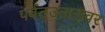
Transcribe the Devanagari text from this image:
पर्वतउतारावर